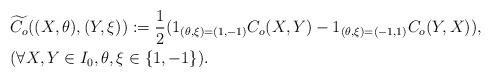
LaTeX: \begin{align*}&\widetilde{C_o}((X,\theta),(Y,\xi)):=\frac{1}{2}(1_{(\theta,\xi)=(1,-1)}C_o(X,Y)-1_{(\theta,\xi)=(-1,1)}C_o(Y,X)),\\&(\forall X,Y\in I_0,\theta, \xi\in \{1,-1\}).\end{align*}